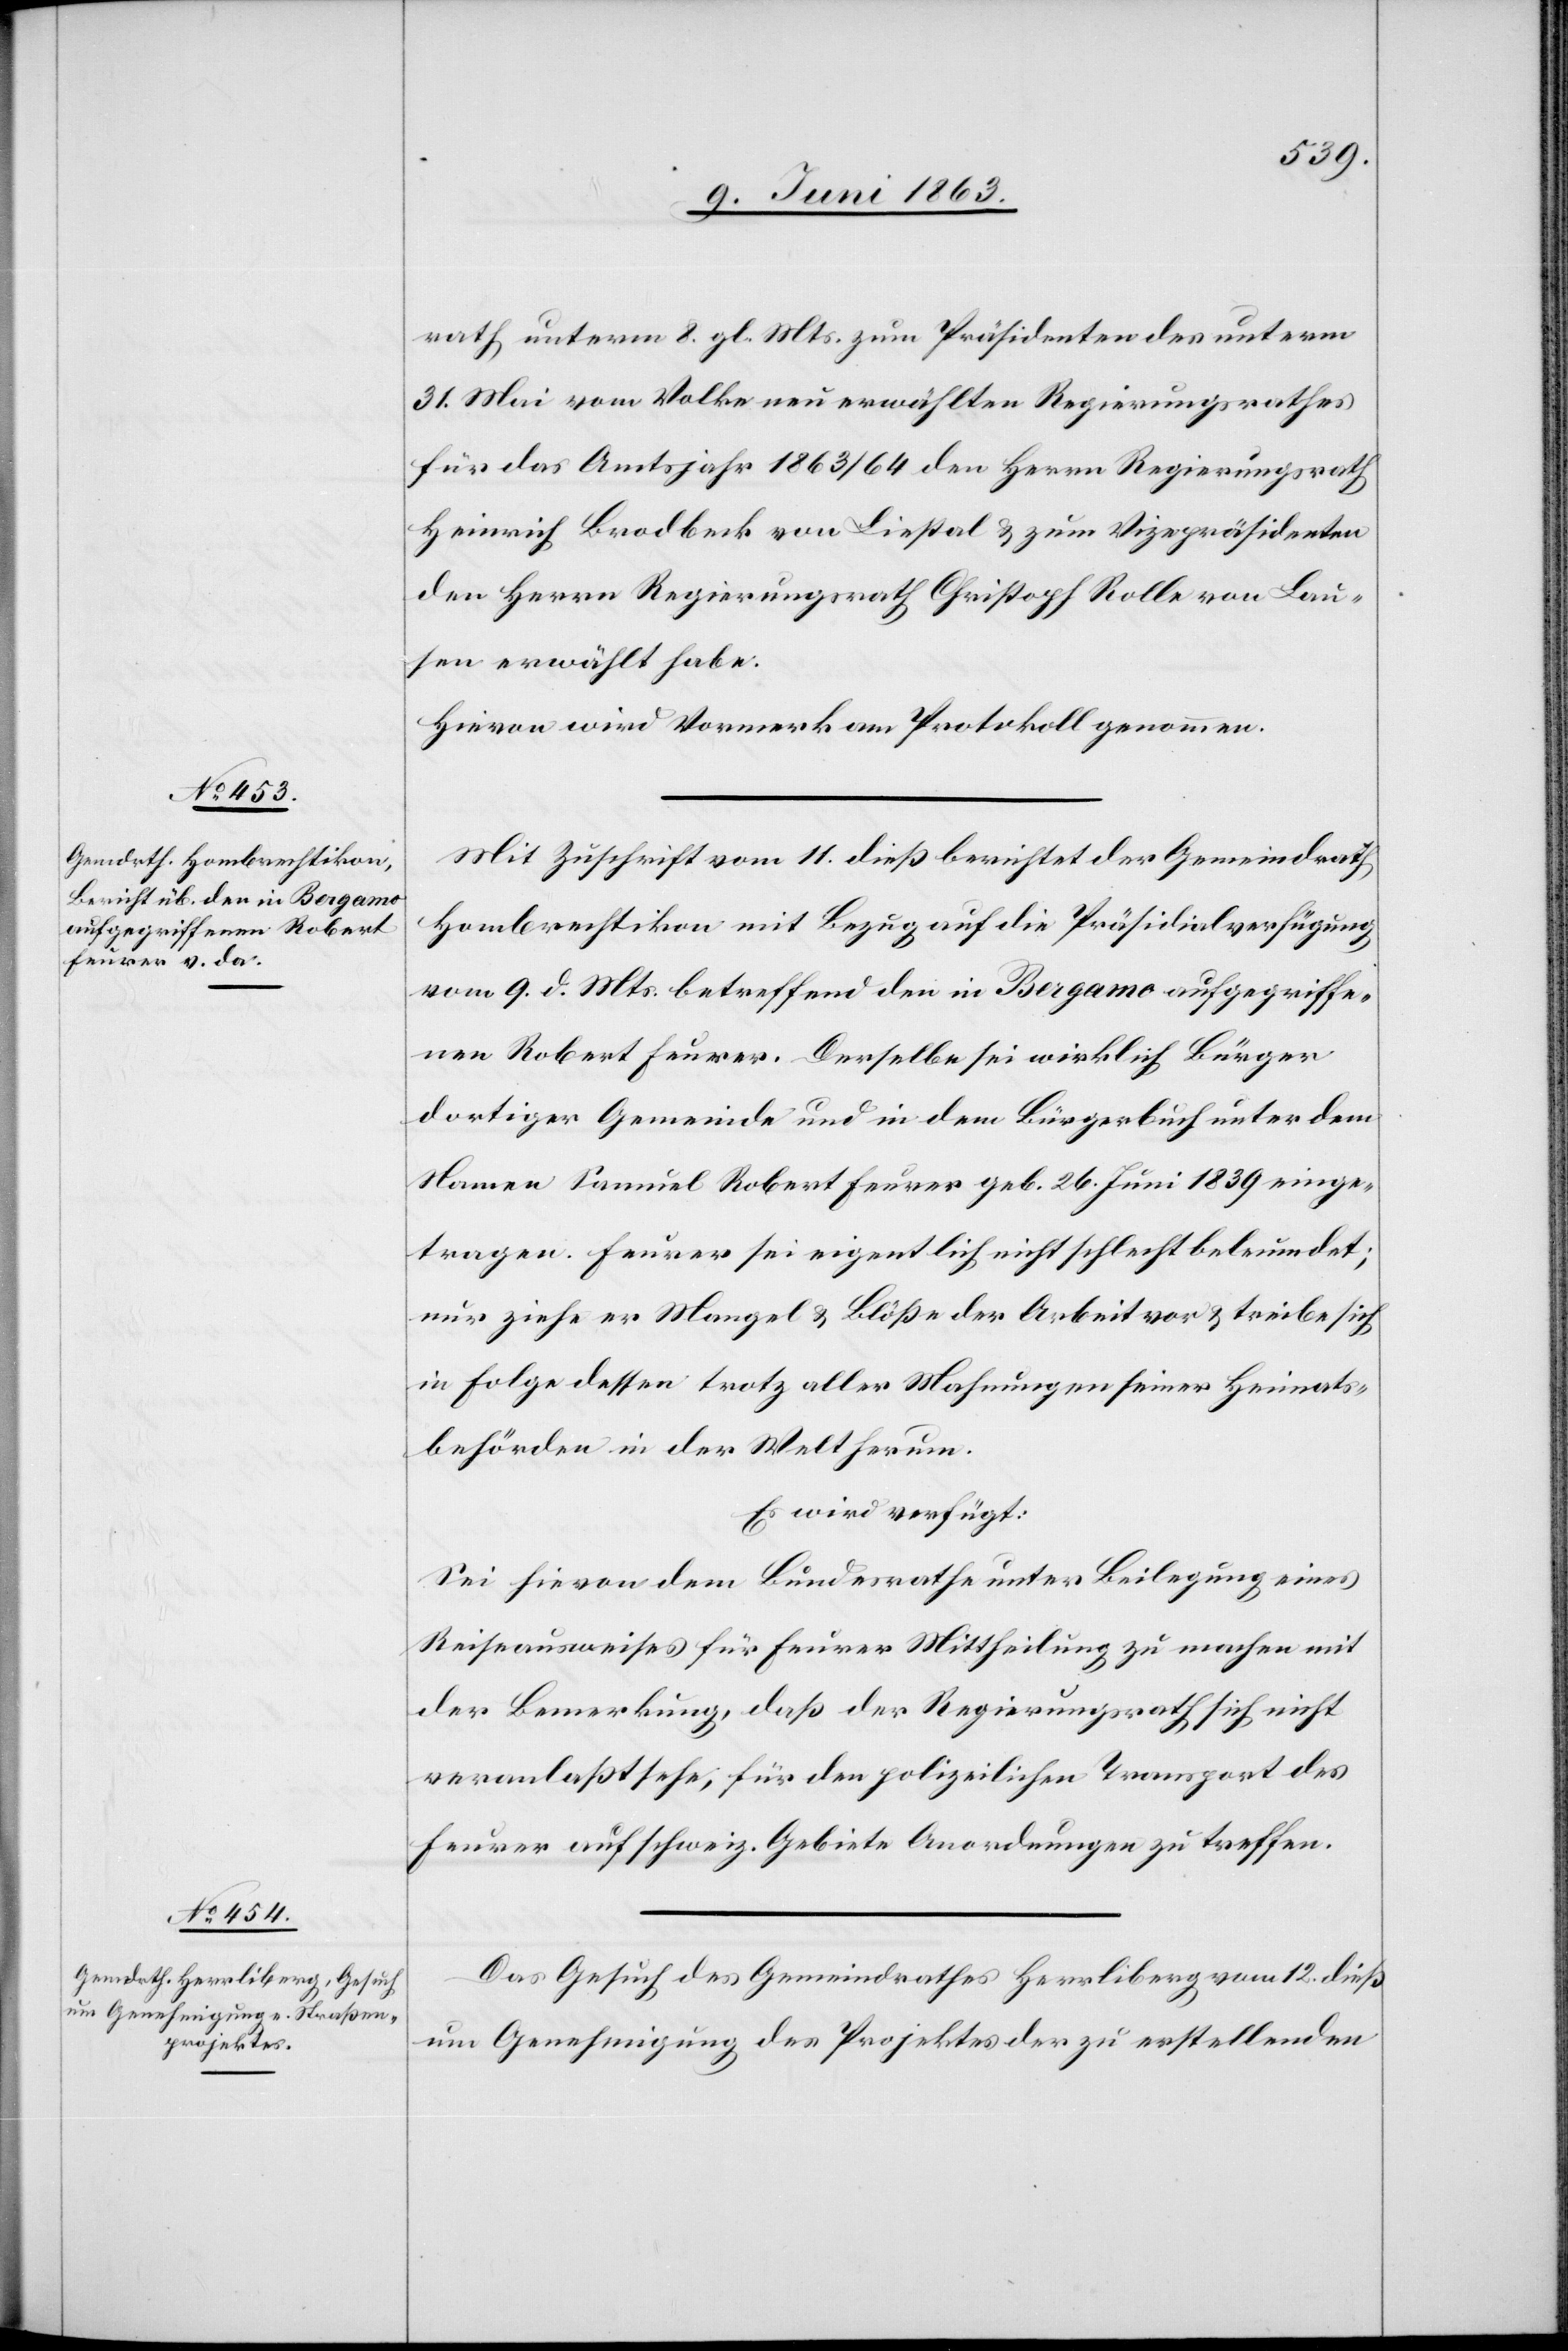
15. Juni 1863.]
rath unterm 8. gl. Mts. zum Präsidenten des unterm
31. Mai vom Volke neu erwählten Regierungsrathes
für das Amtsjahr 1863/64 den Herrn Regierungsrath
Heinrich Brodbeck von Liestal & zum Vizepräsidenten
den Herrn Regierungsrath Christoph Rolle von Lau¬
sen erwählt habe.
Hievon wird Vormerk am Protokoll genommen.
Mit Zuschrift vom 11. dieß berichtet der Gemeindrath
Hombrechtikon mit Bezug auf die Präsidialverfügung
vom 9. d. Mts. betreffend den in Bergamo aufgegriffe¬
nen Robert Feurer. Derselbe sei wirklich Bürger
dortiger Gemeinde und in dem Bürgerbuch unter dem
Namen Samuel Robert Feurer geb. 26. Juni 1839 einge¬
tragen. Feurer sei eigentlich nicht schlecht beleumdet;
nur ziehe er Mangel & Blöße der Arbeit vor & treibe sich
in Folge dessen trotz aller Mahnungen seiner Heimats¬
behörde in der Welt herum.
Es wird verfügt:
Sei hievon dem Bundesrathe unter Beilegung eines
Reiseausweises für Feurer Mittheilung zu machen mit
der Bemerkung, daß der Regierungsrath sich nicht
veranlaßt sehe, für den polizeilichen Transport des
Feurer auf schweiz. Gebiete Anordnungen zu treffen.
Das Gesuch des Gemeindrathes Herrliberg vom 12. dieß
um Genehmigung des Projektes der zu erstellenden